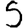
Digit: 5